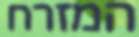
המזרח